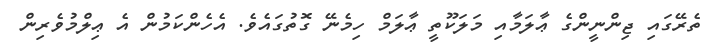
ތެރޭގައި ޖިންނީންގެ ޢާލަމާއި މަލަކޫތީ ޢާލަމް ހިމެނޭ ގޮތުގައެވެ. އެހެންކަމުން އެ ޢިލްމުވެރިން